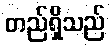
တည်ရှိသည်